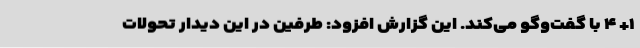
۱+ ۴ با گفت‌وگو می‌کند. این گزارش افزود: طرفین در این دیدار تحولات